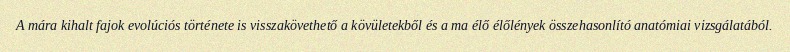
A mára kihalt fajok evolúciós története is visszakövethető a kövületekből és a ma élő élőlények összehasonlító anatómiai vizsgálatából.